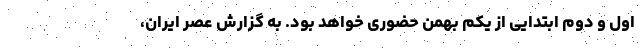
اول و دوم ابتدایی از یکم بهمن حضوری خواهد بود. به گزارش عصر ایران،